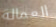
العمالة